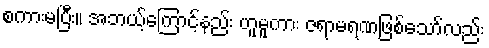
စကားမပြီး။ အဘယ့်ကြောင့်နည်း ဟူမူကား ဇရာမရဏဖြစ်သော်လည်း